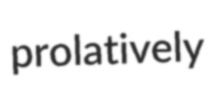
prolatively